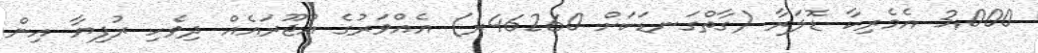
3